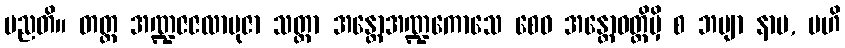
မညတိ။ တတ္ထ အဏ္ဍဇဇလာဗုဇာ သတ္တာ အန္တောအဏ္ဍကောသေ စေဝ အန္တောဝတ္ထိမှိ စ ဘဗျာ နာမ, ဗဟိ